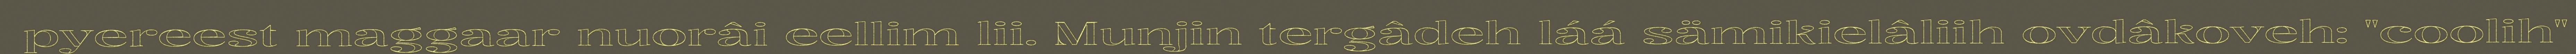
pyereest maggaar nuorâi eellim lii. Munjin tergâdeh láá sämikielâliih ovdâkoveh: "coolih"